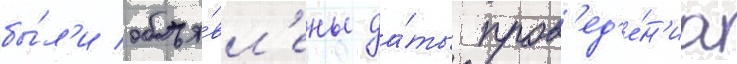
бы́л'и объя́вл'ены да́ты пров'ед'е́н'иа